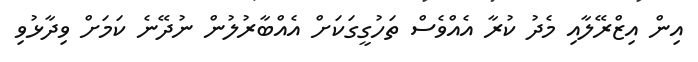
އިން އިޒްރޭލާއި މެދު ކުރާ އެއްވެސް ތަހުގީގަކަށް އެއްބާރުލުން ނުދޭނެ ކަމަށް ވިދާޅުވި